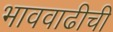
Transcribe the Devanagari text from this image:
भाववाढीची